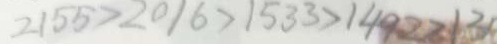
2 1 5 5 > 2 0 1 6 > 1 5 3 3 > 1 4 9 2 > 1 3